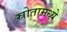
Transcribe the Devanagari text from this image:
स्रोतामध्ये